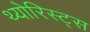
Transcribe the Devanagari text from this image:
थ्योरिस्ट्स